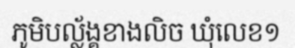
ភូមិបល្ល័ង្គខាងលិច ឃុំលេខ១